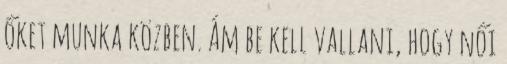
őket munka közben. Ám be kell vallani, hogy női